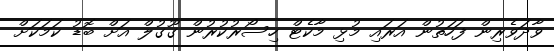
ވާދަވެރިން ފަހަތުން އަރައި މުޅި މާކެޓް ހިސޯރުކުރުން ގޫގުލް އަށް ބޮޑު ކަމަކަށް